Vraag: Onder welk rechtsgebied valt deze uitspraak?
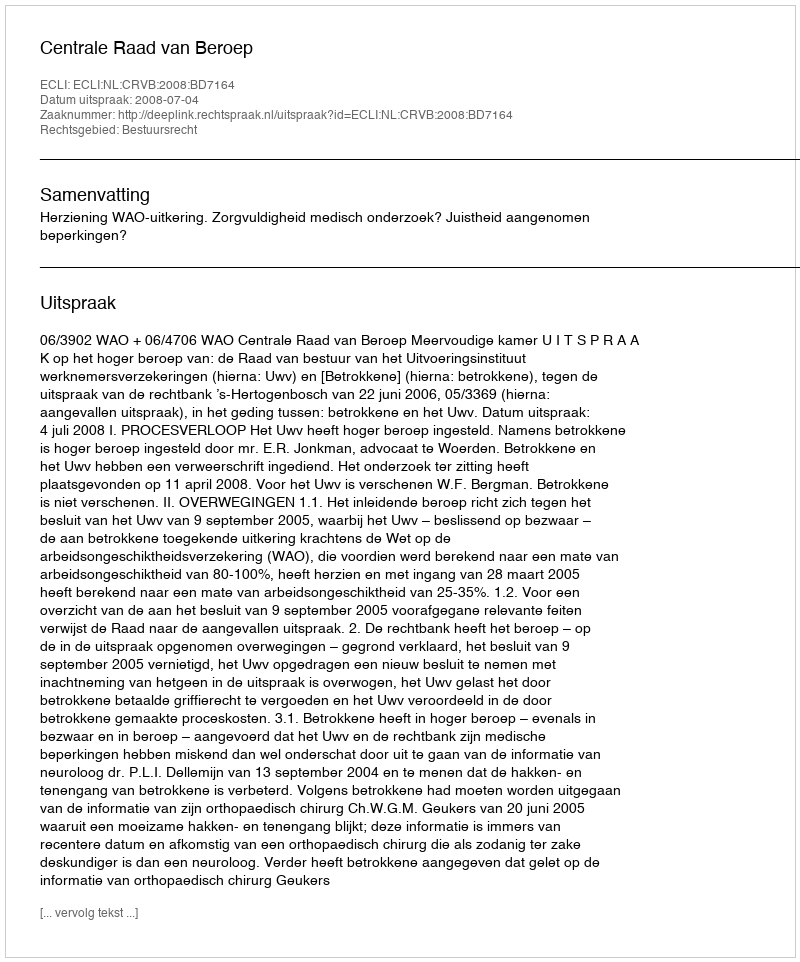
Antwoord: Bestuursrecht